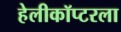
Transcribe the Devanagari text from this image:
हेलीकॉप्टरला